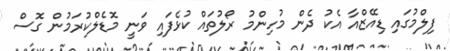
ފިލްމުގައި ޑިއޭޒްއާ އެކު ދެން މުހިންމު ރޯލުތައް ކުޅެފައި ވަނީ މޮޑެލްކުރަމުން ގޮސް